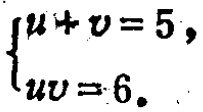
$\begin{cases}

u + v = 5,\\

uv = 6.

\end{cases}$